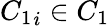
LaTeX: {C_{1}}_{i}\in C_{1}